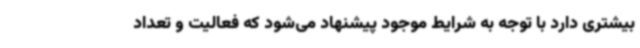
بیشتری دارد با توجه به شرایط موجود پیشنهاد می‌شود که فعالیت و تعداد